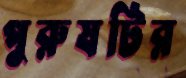
পুরুষটির